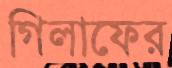
গিলাফের